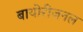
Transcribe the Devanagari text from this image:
बायोरीजनल